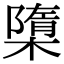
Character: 㯐